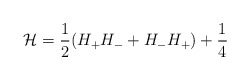
\begin{align*}{\cal H}=\frac{1}{2}(H_+H_-+H_-H_+)+\frac{1}{4}\end{align*}